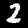
Digit: 2